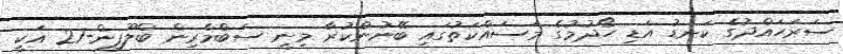
ސަރަހައްދުގެ ކަނޑު އަޑި ހޯދުމުގެ މަސައްކަތުގައި ބޭނުންކުރާ މިނީ ސަބްމެރިން ބްލޫފިން-21 އަކީ